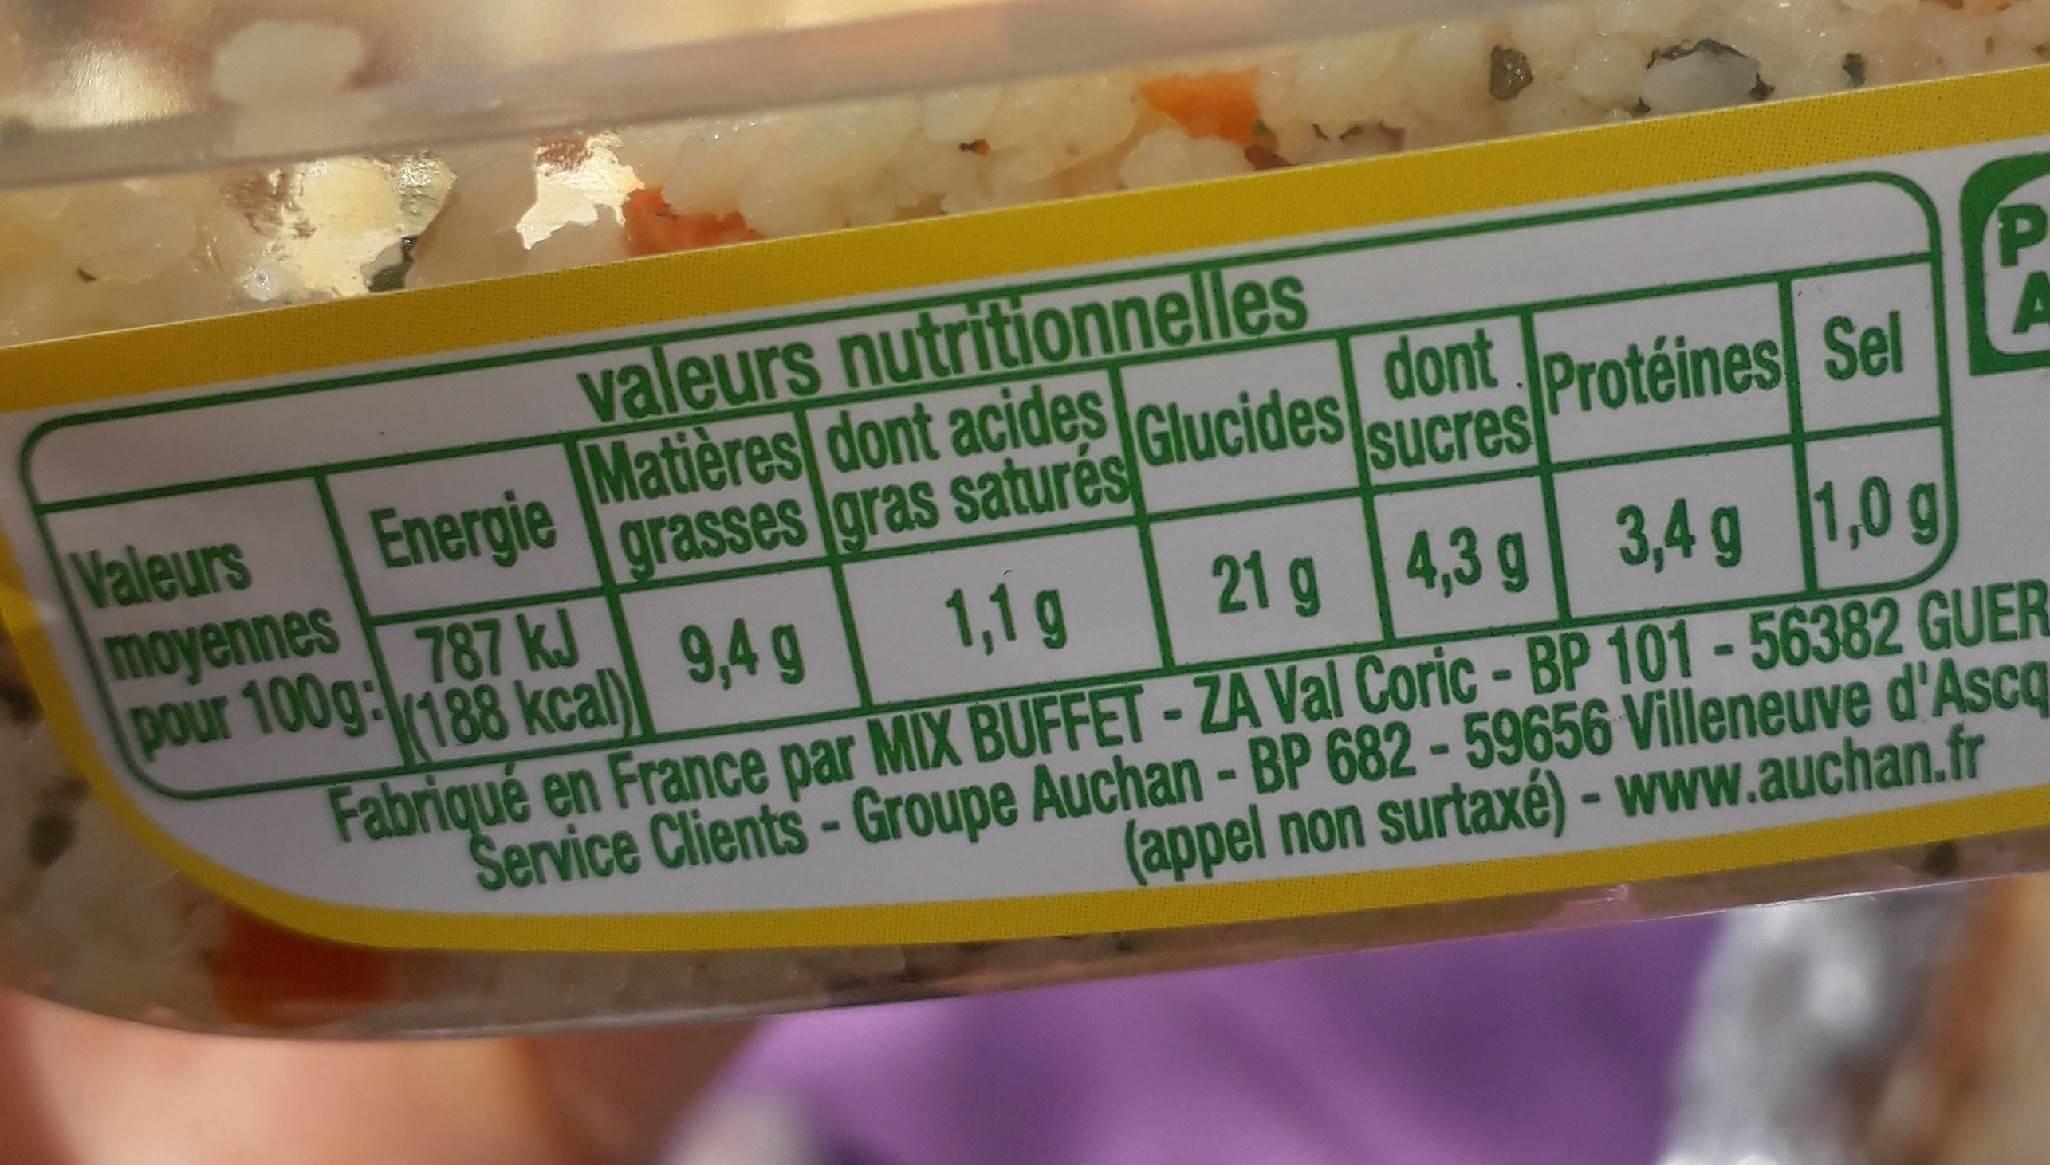
valeurs nutritionnelles
Valeurs moyennes pour 100g:188 kcal)
Matières dont acides Energie grasses gras saturés Glucides 787 kJ
dont Protéines Sel Sucres
9,4 g
1,1 g
21 g 4,3 g 3,4 g 1,0 g
Fabriqué en France par MIX BUFFET-ZA Val Coric - BP 101-56382 GUER Service Clients-Groupe Auchan-BP 682-59656 Villeneuve d'Ascq (appel non surtaxé) - www.auchan.fr